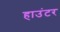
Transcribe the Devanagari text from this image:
हाउंटर